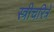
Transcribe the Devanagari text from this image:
स्त्रीचरित्रे